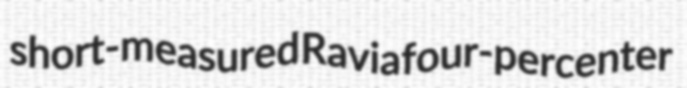
short-measured Ravia four-percenter